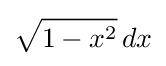
{\sqrt {1-x^{2}}}\,dx